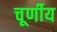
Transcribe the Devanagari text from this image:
चूर्णीय